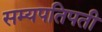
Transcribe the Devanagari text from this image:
सम्यपतिपती